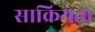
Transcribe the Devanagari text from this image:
साक्रियता